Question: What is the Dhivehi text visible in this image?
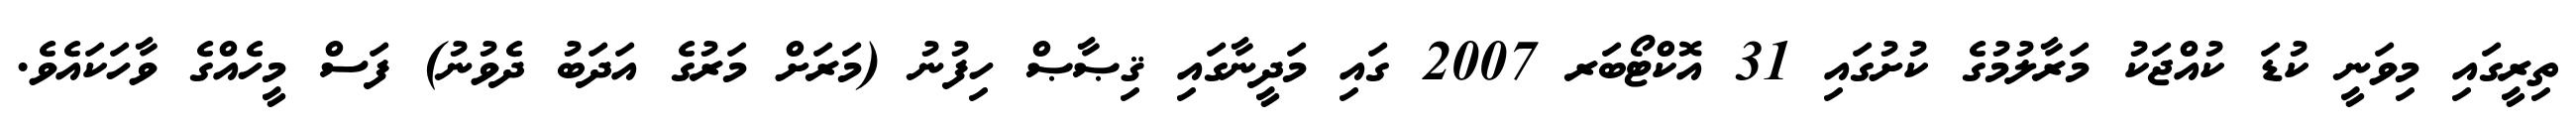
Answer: ތިރީގައި މިވަނީ ކުޑަ ކުއްޖަކު މަރާލުމުގެ ކުށުގައި 31 އޮކްޓޯބަރ 2007 ގައި މަދީނާގައި ޤިޞާޞް ހިފުނު (މަރަށް މަރުގެ އަދަބު ދެވުނު) ފަސް މީހެއްގެ ވާހަކައެވެ.